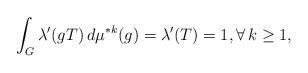
LaTeX: \begin{align*}\int_G \lambda'(gT) \, d\mu^{*k}(g) = \lambda'(T) = 1, \forall \, k \geq 1,\end{align*}